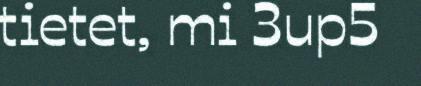
tietet, mi 3up5